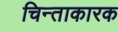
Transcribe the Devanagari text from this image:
चिन्ताकारक